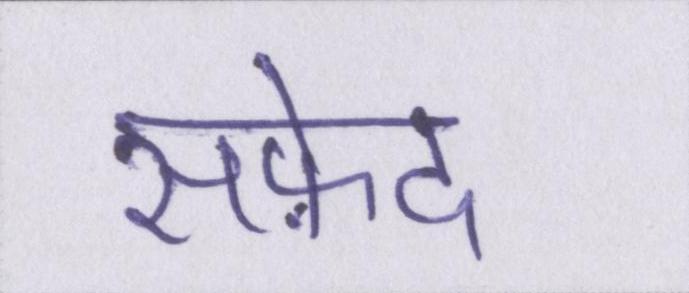
सफ़ेद